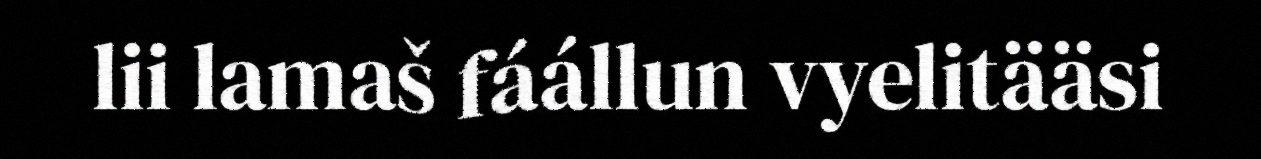
lii lamaš fáállun vyelitääsi